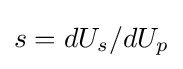
s=dU_{s}/dU_{p}